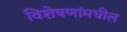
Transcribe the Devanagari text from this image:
विशेषणांमधील